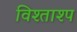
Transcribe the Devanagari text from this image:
विश्ताश्प